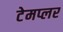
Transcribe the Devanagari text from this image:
टेमप्लर